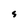
Character: S